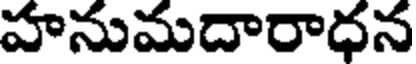
హనుమదారాధన